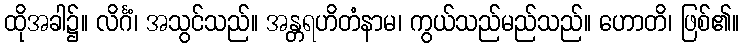
ထိုအခါ၌။ လိင်္ဂံ၊ အသွင်သည်။ အန္တရဟိတံနာမ၊ ကွယ်သည်မည်သည်။ ဟောတိ၊ ဖြစ်၏။